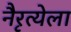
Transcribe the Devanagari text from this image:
नैरृत्येला